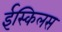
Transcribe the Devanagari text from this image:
ईस्किलस